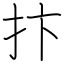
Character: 抃